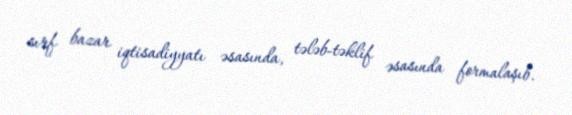
sırf bazar iqtisadiyyatı əsasında, tələb-təklif əsasında formalaşıb.